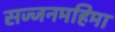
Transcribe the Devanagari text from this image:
सज्जनमहिमा